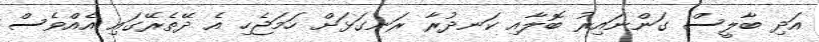
އަދި ބާލީސް ގަންނައިރު ބޮލާއި ކަނދުރާ ރަނގަޅަށް ހަމަޖެހި އެ ދޭތެރޭގައި އެއްވެސް